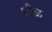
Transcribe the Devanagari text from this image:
थीळ